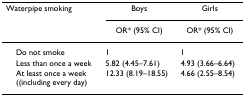
<table><thead><tr><td><b>Waterpipe smoking</b></td><td><b>Boys</b></td><td><b>Girls</b></td></tr><tr><td></td><td><b>OR* (95% CI)</b></td><td><b>OR* (95% CI)</b></td></tr></thead><tbody><tr><td> Do not smoke</td><td>1</td><td>1</td></tr><tr><td> Less than once a week</td><td>5.82 (4.45–7.61)</td><td>4.93 (3.66–6.64)</td></tr><tr><td> At least once a week((including every day)</td><td>12.33 (8.19–18.55)</td><td>4.66 (2.55–8.54)</td></tr></tbody></table>